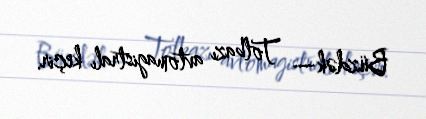
Büzdək— Tolbazı avtomagistralı keçir.